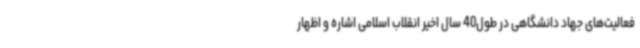
فعالیت‌های جهاد دانشگاهی در طول40 سال اخیر انقلاب اسلامی اشاره و اظهار